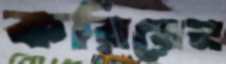
করিয়েন